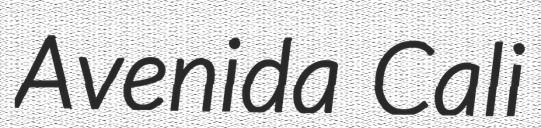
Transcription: Avenida Cali